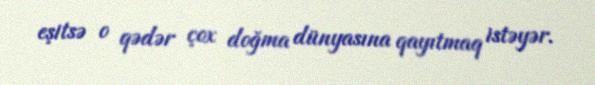
eşitsə o qədər çox doğma dünyasına qayıtmaq istəyər.